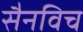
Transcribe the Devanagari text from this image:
सैनविच